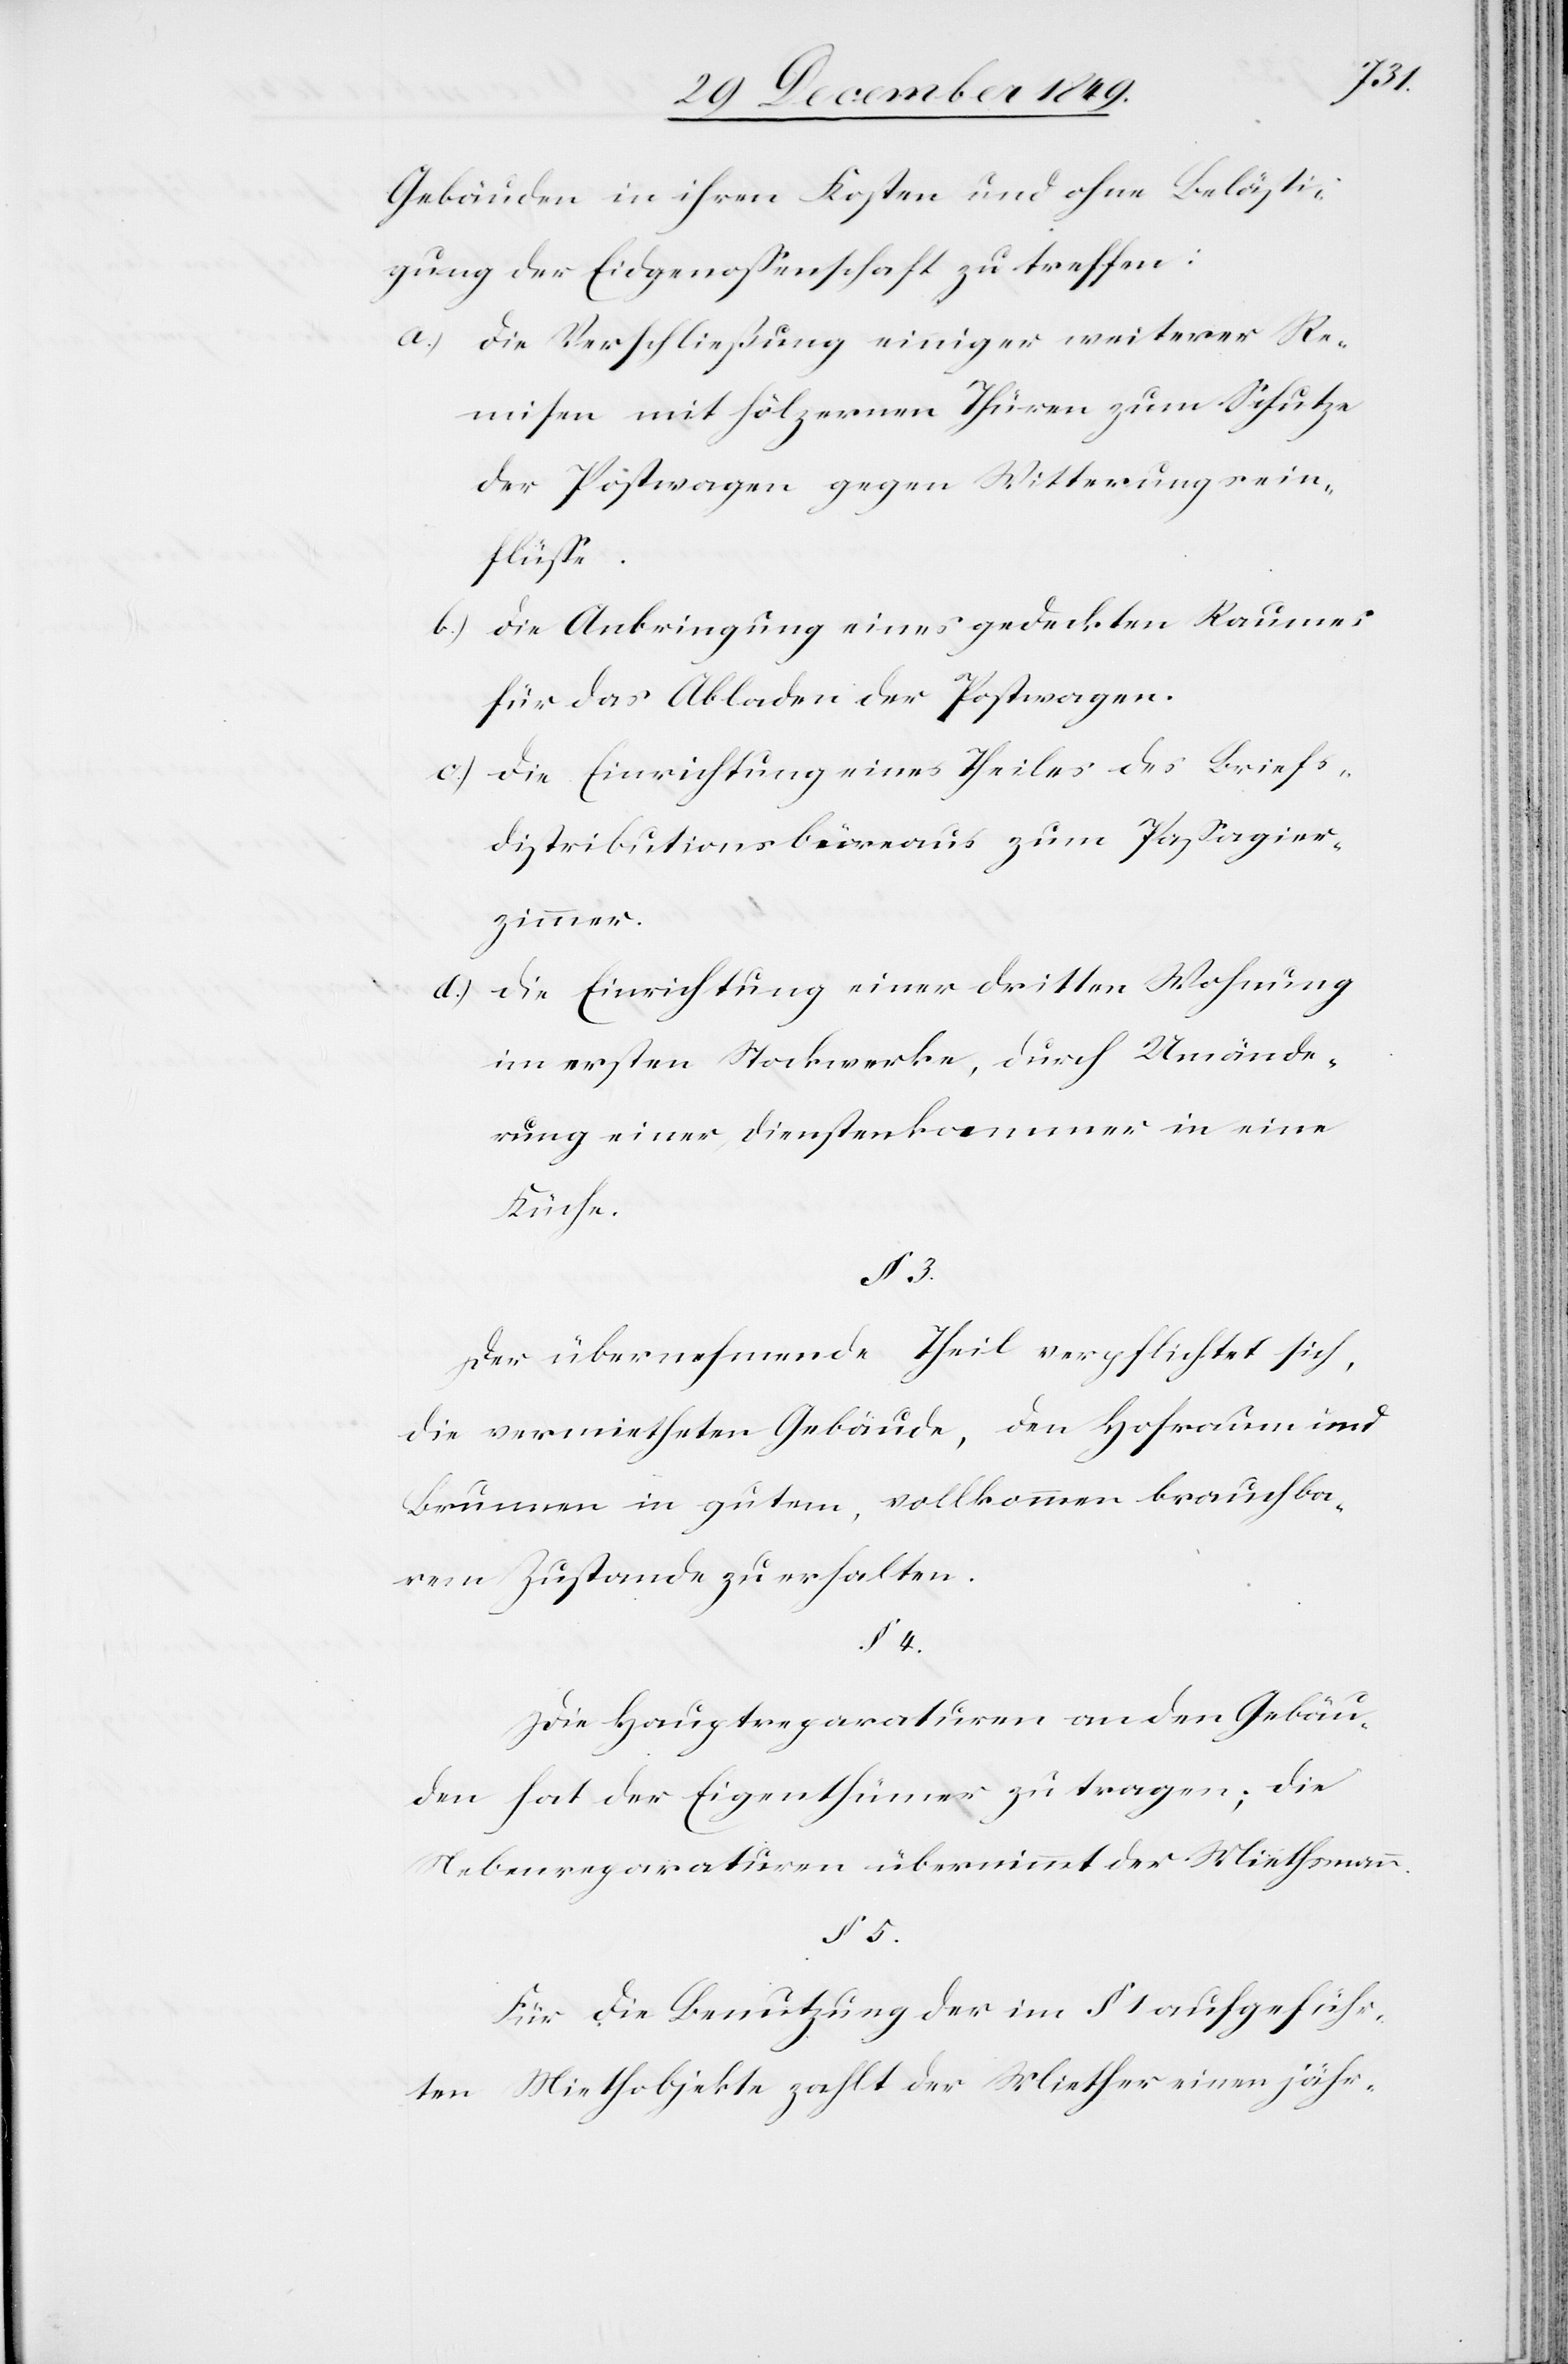
Gebäuden in ihren Kosten und ohne Belästi¬
gung der Eidgenossenschaft zu treffen:
a.) die Verschließung einiger weiterer Re¬
misen mit hölzernen Thüren zum Schutze
der Postwagen gegen Witterungsein¬
flüße.
b.) die Anbringung eines gedeckten Raumes
für das Abladen der Postwagen.
c.) die Einrichtung eines Theiles des Briefs¬
distributionsbüreaus zum Paßagier¬
zimmer.
d.) die Einrichtung einer dritten Wohnung
im ersten Stockwerke, durch Umände¬
rung einer Dienstkammer in eine
Küche.
Der übernehmende Theil verpflichtet sich,
die vermietheten Gebäude, den Hofraum und
Brunnen in gutem, vollkommen brauchba¬
rem Zustande zu erhalten.
§ 4.
Die Hauptreparaturen an den Gebäu¬
den hat der Eigenthümer zu tragen; die
Nebenreparaturen übernimmt der Miethsmann.
Für die Benutzung der im § 1 aufgeführ¬
ten Miethobjekte zahlt der Miether einen jähr-

5.